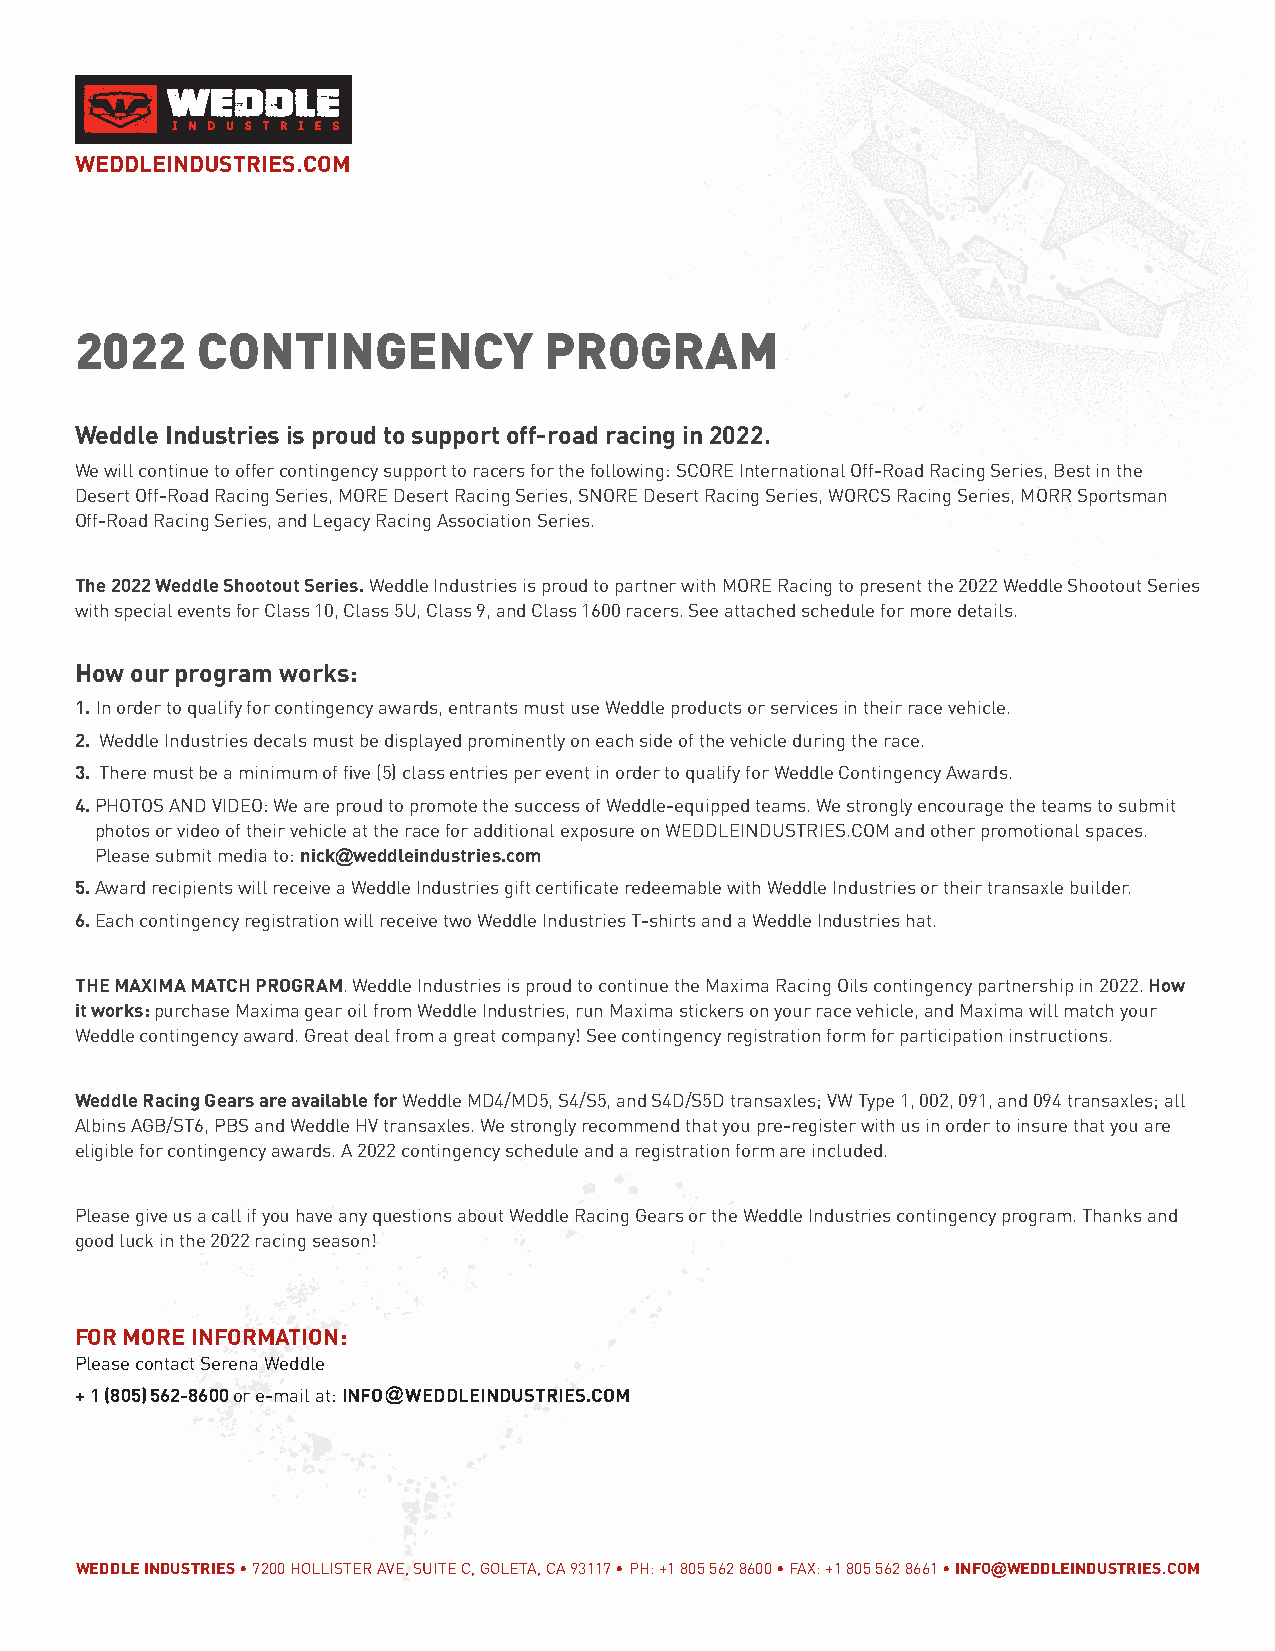
WEDDLEINDUSTRIES.COM
 2022    CONTINGENCY            PROGRAM
 Weddle Industries is proud to support off-road racing in 2022.
 We will continue to offer contingency support to racers for the following: SCORE International Off-Road Racing Series, Best in the
 Desert Off-Road Racing Series, MORE Desert Racing Series, SNORE Desert Racing Series, WORCS Racing Series, MORR Sportsman
 Off-Road Racing Series, and Legacy Racing Association Series.
 The 2022 Weddle Shootout Series. Weddle Industries is proud to partner with MORE Racing to present the 2022 Weddle Shootout Series
 with special events for Class 10, Class 5U, Class 9, and Class 1600 racers. See attached schedule for more details.
 How our program works:
 1. In order to qualify for contingency awards, entrants must use Weddle products or services in their race vehicle.
 2. Weddle Industries decals must be displayed prominently on each side of the vehicle during the race.
 3. There must be a minimum of five (5) class entries per event in order to qualify for Weddle Contingency Awards.
 4. PHOTOS AND VIDEO: We are proud to promote the success of Weddle-equipped teams. We strongly encourage the teams to submit
 photos or video of their vehicle at the race for additional exposure on WEDDLEINDUSTRIES.COM and other promotional spaces.
 Please submit media to: nick@weddleindustries.com
 5. Award recipients will receive a Weddle Industries gift certificate redeemable with Weddle Industries or their transaxle builder.
 6. Each contingency registration will receive two Weddle Industries T-shirts and a Weddle Industries hat.
 THE MAXIMA MATCH PROGRAM. Weddle Industries is proud to continue the Maxima Racing Oils contingency partnership in 2022. How
 it works: purchase Maxima gear oil from Weddle Industries, run Maxima stickers on your race vehicle, and Maxima will match your
 Weddle contingency award. Great deal from a great company! See contingency registration form for participation instructions.
 Weddle Racing Gears are available for Weddle MD4/MD5, S4/S5, and S4D/S5D transaxles; VW Type 1, 002, 091, and 094 transaxles; all
 Albins AGB/ST6, PBS and Weddle HV transaxles. We strongly recommend that you pre-register with us in order to insure that you are
 eligible for contingency awards. A 2022 contingency schedule and a registration form are included.
 Please give us a call if you have any questions about Weddle Racing Gears or the Weddle Industries contingency program. Thanks and
 good luck in the 2022 racing season!
 FOR MORE INFORMATION:
 Please contact Serena Weddle
 + 1 (805) 562-8600 or e-mail at: INFO@WEDDLEINDUSTRIES.COM
 WEDDLE INDUSTRIES • 7200 HOLLISTER AVE, SUITE C, GOLETA, CA 93117 • PH: +1 805 562 8600 • FAX: +1 805 562 8661 • INFO@WEDDLEINDUSTRIES.COM